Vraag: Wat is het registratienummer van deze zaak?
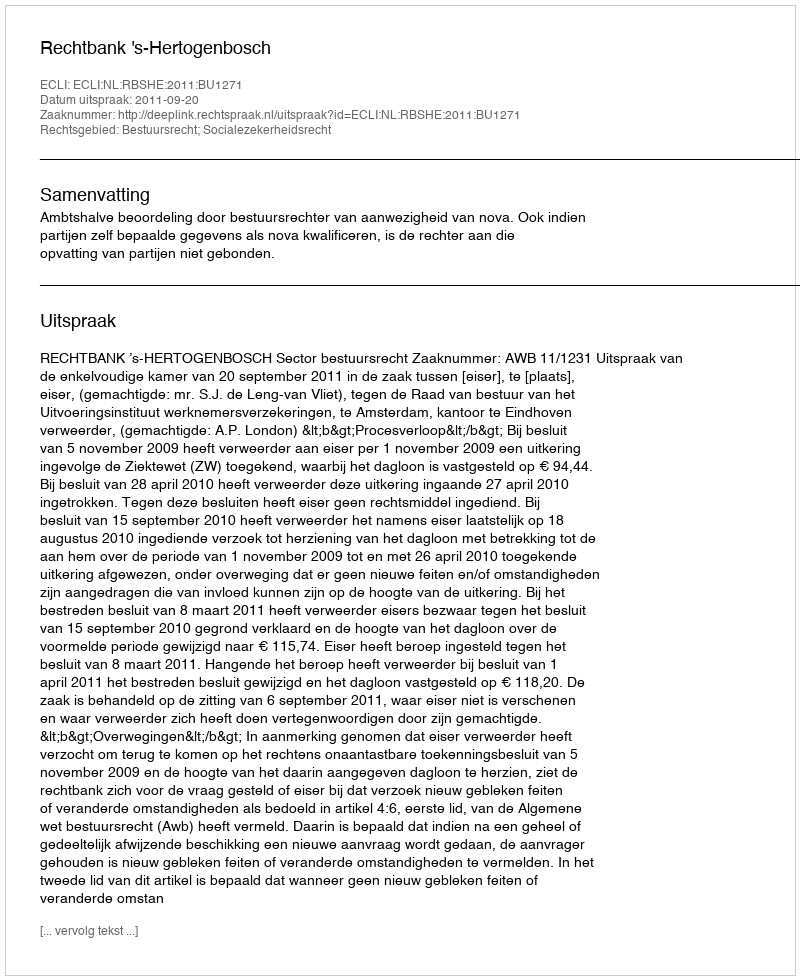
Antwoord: http://deeplink.rechtspraak.nl/uitspraak?id=ECLI:NL:RBSHE:2011:BU1271